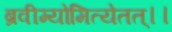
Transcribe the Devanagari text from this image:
ब्रवीम्योमित्येतत्।।